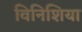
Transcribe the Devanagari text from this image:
विनिशिया